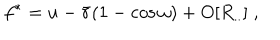
LaTeX: f ^ { * } = u - { \bar { r } } ( 1 - \cos \omega ) + O [ R _ { . . } ] \; ,